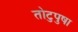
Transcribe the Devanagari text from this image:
तोटुपुषा